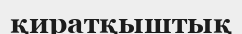
қиратқыштық